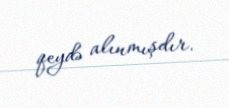
qeydə alınmışdır.